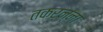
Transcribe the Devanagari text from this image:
तकर्न्ना